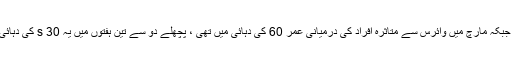
فلوریڈا میں ، گورنمنٹ ڈی سنٹیس نے کہا کہ جبکہ مارچ میں وائرس سے متاثرہ افراد کی درمیانی عمر 60 کی دہائی میں تھی ، پچھلے دو سے تین ہفتوں میں یہ 30 s کی دہائی کے اوائل میں لوگوں کے لئے گرا دیا گیا تھا۔